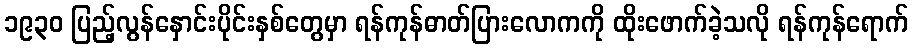
၁၉၃၀ ပြည့်လွန်နှောင်းပိုင်းနှစ်တွေမှာ ရန်ကုန်ဓာတ်ပြားလောကကို ထိုးဖောက်ခဲ့သလို ရန်ကုန်ရောက်